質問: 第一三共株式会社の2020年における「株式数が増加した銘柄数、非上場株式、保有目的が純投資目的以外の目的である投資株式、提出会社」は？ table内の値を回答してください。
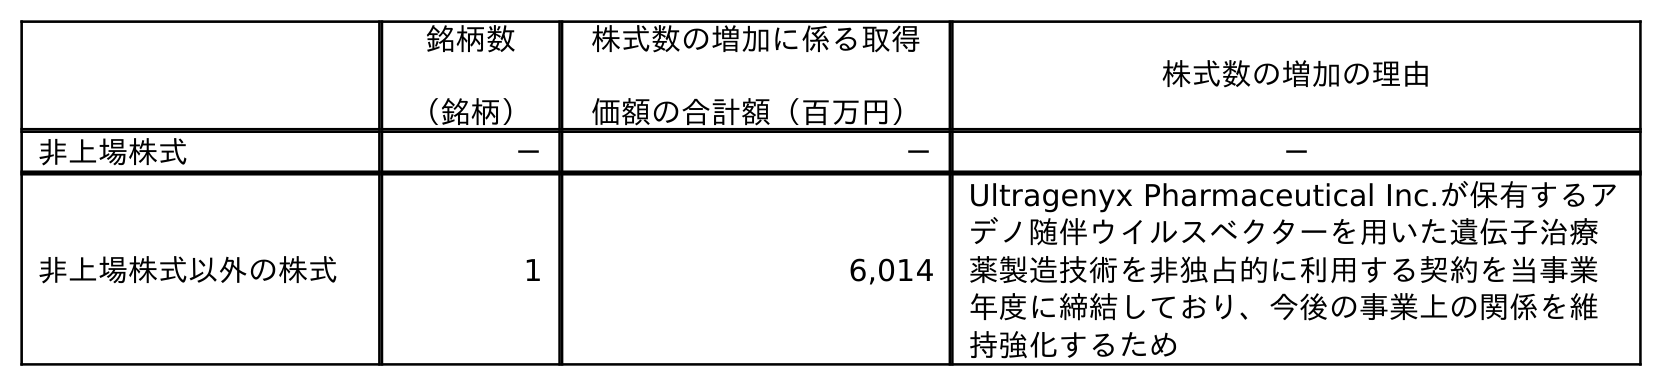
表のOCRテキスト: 銘柄数 （銘柄） 株式数の増加に係る取得 価額の合計額（百万円） 株式数の増加の理由 非上場株式 － － － 非上場株式以外の株式 1 6,014 Ultragenyx Pharmaceutical Inc.が保有するア デノ随伴ウイルスベクターを用いた遺伝子治療 薬製造技術を非独占的に利用する契約を当事業 年度に締結しており、今後の事業上の関係を維 持強化するため
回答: －